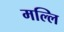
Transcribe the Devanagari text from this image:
मल्लि